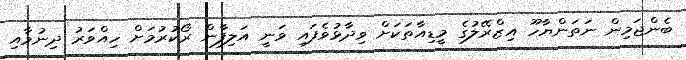
ބެންޖަމިން ނަތަންޔާހޫ އިޒްރޭލުގެ މީޑިއާތަކަށް ވިދާޅުވެފައި ވަނީ އަލިފާން ރޯކުރުމަށް ހިއްވަރު ދިނުމާއި